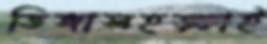
ডিঙ্গাসহড়্‌কাই